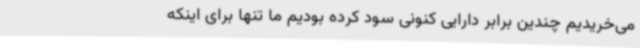
می‌خریدیم چندین برابر دارایی کنونی سود کرده بودیم ما تنها برای اینکه